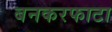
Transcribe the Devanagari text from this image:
बनकरफाटा